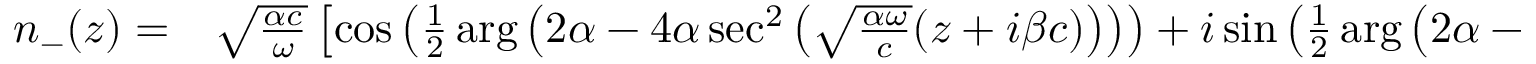
\begin{array} { r l } { n _ { - } ( z ) = } & { { } \sqrt { \frac { \alpha c } { \omega } } \left[ \cos \left( \frac { 1 } { 2 } \arg \left( 2 \alpha - 4 \alpha \sec ^ { 2 } \left( \sqrt { \frac { \alpha \omega } { c } } ( z + i \beta c ) \right) \right) \right) + i \sin \left( \frac { 1 } { 2 } \arg \left( 2 \alpha - 4 \alpha \sec ^ { 2 } \left( \sqrt { \frac { \alpha \omega } { c } } ( z + i \beta c ) \right) \right) \right) \right] } \end{array}